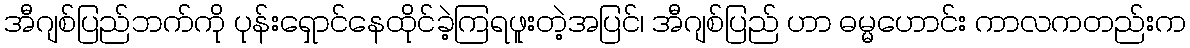
အီဂျစ်ပြည်ဘက်ကို ပုန်းရှောင်နေထိုင်ခဲ့ကြရဖူးတဲ့အပြင်၊ အီဂျစ်ပြည် ဟာ ဓမ္မဟောင်း ကာလကတည်းက